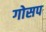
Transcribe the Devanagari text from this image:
गोसप